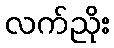
လက်ညိုး